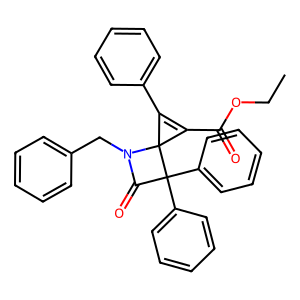
SMILES: CCOC(=O)C1=C(c2ccccc2)C12N(Cc1ccccc1)C(=O)C2(c1ccccc1)c1ccccc1
Inhibits HIV replication: No